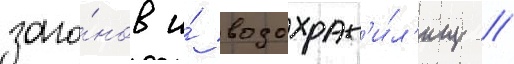
заго́нов и́ водохран'и́л'ищ //